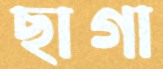
ছাগা